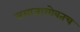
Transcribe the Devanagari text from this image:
समाजासोबतच